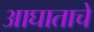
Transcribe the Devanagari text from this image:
आघाताचे